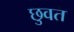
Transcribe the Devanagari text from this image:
छुवत